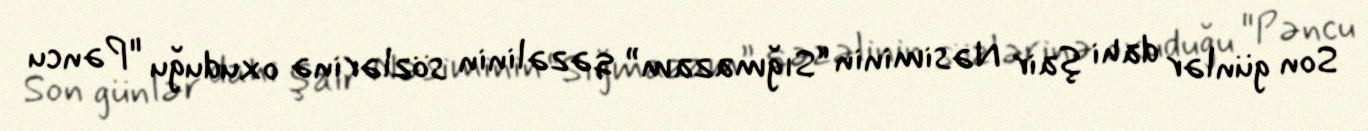
Son günlər dahi şair Nəsiminin “Sığmazam” qəzəlinin sözlərinə oxuduğu "Pəncu